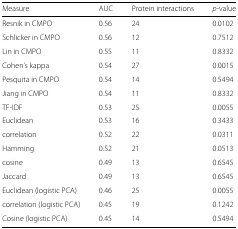
<table><thead><tr><td><b>Measure</b></td><td><b>AUC</b></td><td><b>Protein interactions</b></td><td><b><i>p</i>-value</b></td></tr></thead><tbody><tr><td>Resnik in CMPO</td><td>0.56</td><td>24</td><td>0.0102</td></tr><tr><td>Schlicker in CMPO</td><td>0.56</td><td>12</td><td>0.7512</td></tr><tr><td>Lin in CMPO</td><td>0.55</td><td>11</td><td>0.8332</td></tr><tr><td>Cohen’s kappa</td><td>0.54</td><td>27</td><td>0.0015</td></tr><tr><td>Pesquita in CMPO</td><td>0.54</td><td>14</td><td>0.5494</td></tr><tr><td>Jiang in CMPO</td><td>0.54</td><td>11</td><td>0.8332</td></tr><tr><td>TF-IDF</td><td>0.53</td><td>25</td><td>0.0055</td></tr><tr><td>Euclidean</td><td>0.53</td><td>16</td><td>0.3433</td></tr><tr><td>correlation</td><td>0.52</td><td>22</td><td>0.0311</td></tr><tr><td>Hamming</td><td>0.52</td><td>21</td><td>0.0513</td></tr><tr><td>cosine</td><td>0.49</td><td>13</td><td>0.6545</td></tr><tr><td>Jaccard</td><td>0.49</td><td>13</td><td>0.6545</td></tr><tr><td>Euclidean (logistic PCA)</td><td>0.46</td><td>25</td><td>0.0055</td></tr><tr><td>correlation (logistic PCA)</td><td>0.45</td><td>19</td><td>0.1242</td></tr><tr><td>Cosine (logistic PCA)</td><td>0.45</td><td>14</td><td>0.5494</td></tr></tbody></table>